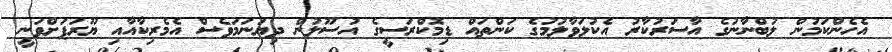
އެހެންކަމުން ލުބްނާނުގެ އާސަރުކާރު އެކުލަވާލުމުގެ ކަންތައް ޑިމޮކްރަސީގެ އުސޫލުން ދިޔަނަމަވެސް އެމެރިކާއާއި ޔޫރަޕަށްވަނީ